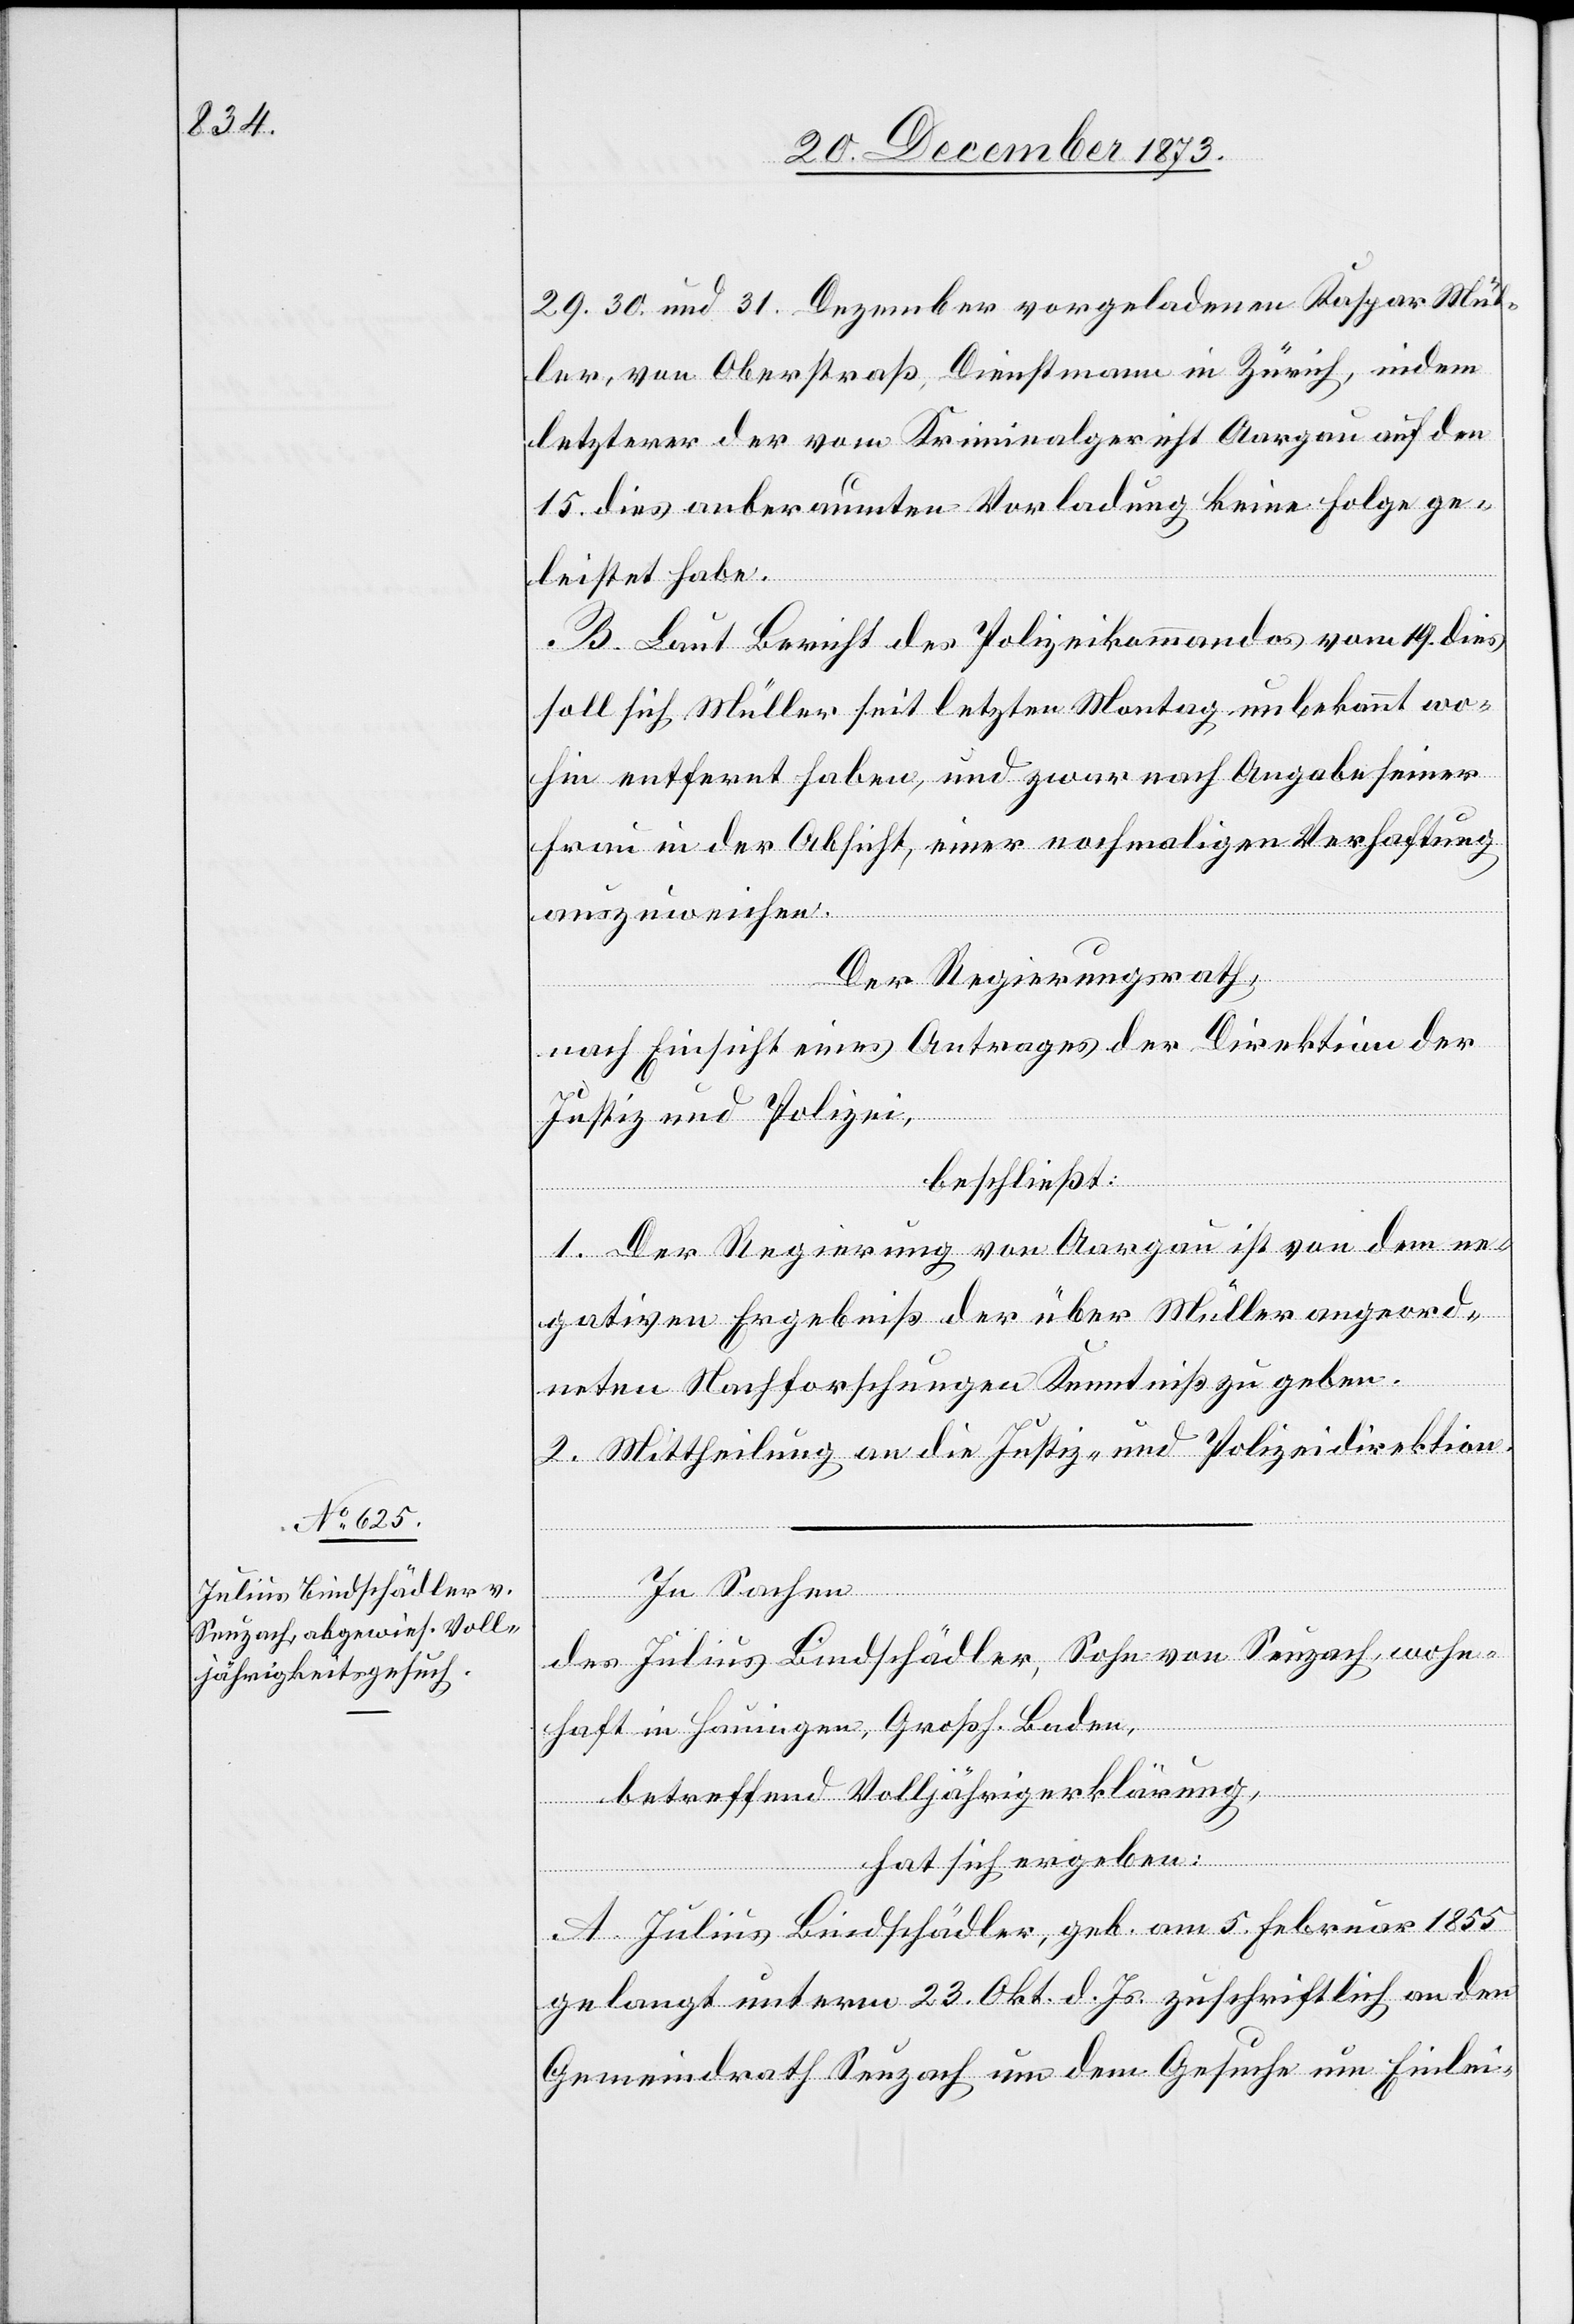
29. 30. und 31. Dezember vorgeladenen Kaspar Mül¬
ler, von Oberstraß, Dienstmann in Zürich, indem
letzterer der vom Kriminalgericht Aargau auf den
15. dies anberaumten Vorladung keine Folge ge¬
leistet habe.
B. Laut Bericht des Polizeikommandos vom 19. dies
soll sich Müller seit letzten Montag unbekannt wo¬
hin entfernt haben, und zwar nach Angabe seiner
Frau in der Absicht, einer nochmaligen Verhaftung
auszuweichen.
Der Regierungsrath,
nach Einsicht eines Antrages der Direktion der
Justiz und Polizei,
beschließt:
1. Der Regierung von Aargau ist von dem ne¬
gativen Ergebniß der über Müller angeord¬
neten Nachforschungen Kenntniß zu geben.
2. Mittheilung an die Justiz- und Polizeidirektion.
In Sachen
des Julius Bindschädler, Sohn von Seuzach, wohn¬
haft in Hauingen, Großh. Baden,
betreffend Volljährigerklärung,
hat sich ergeben:
A. Julius Bindschädler, geb. am 5. Februar 1855
gelangt unterm 23. Okt. d. Js. zuschriftlich an den
Gemeindrath Seuzach um dem Gesuche um Einlei-